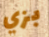
بزي